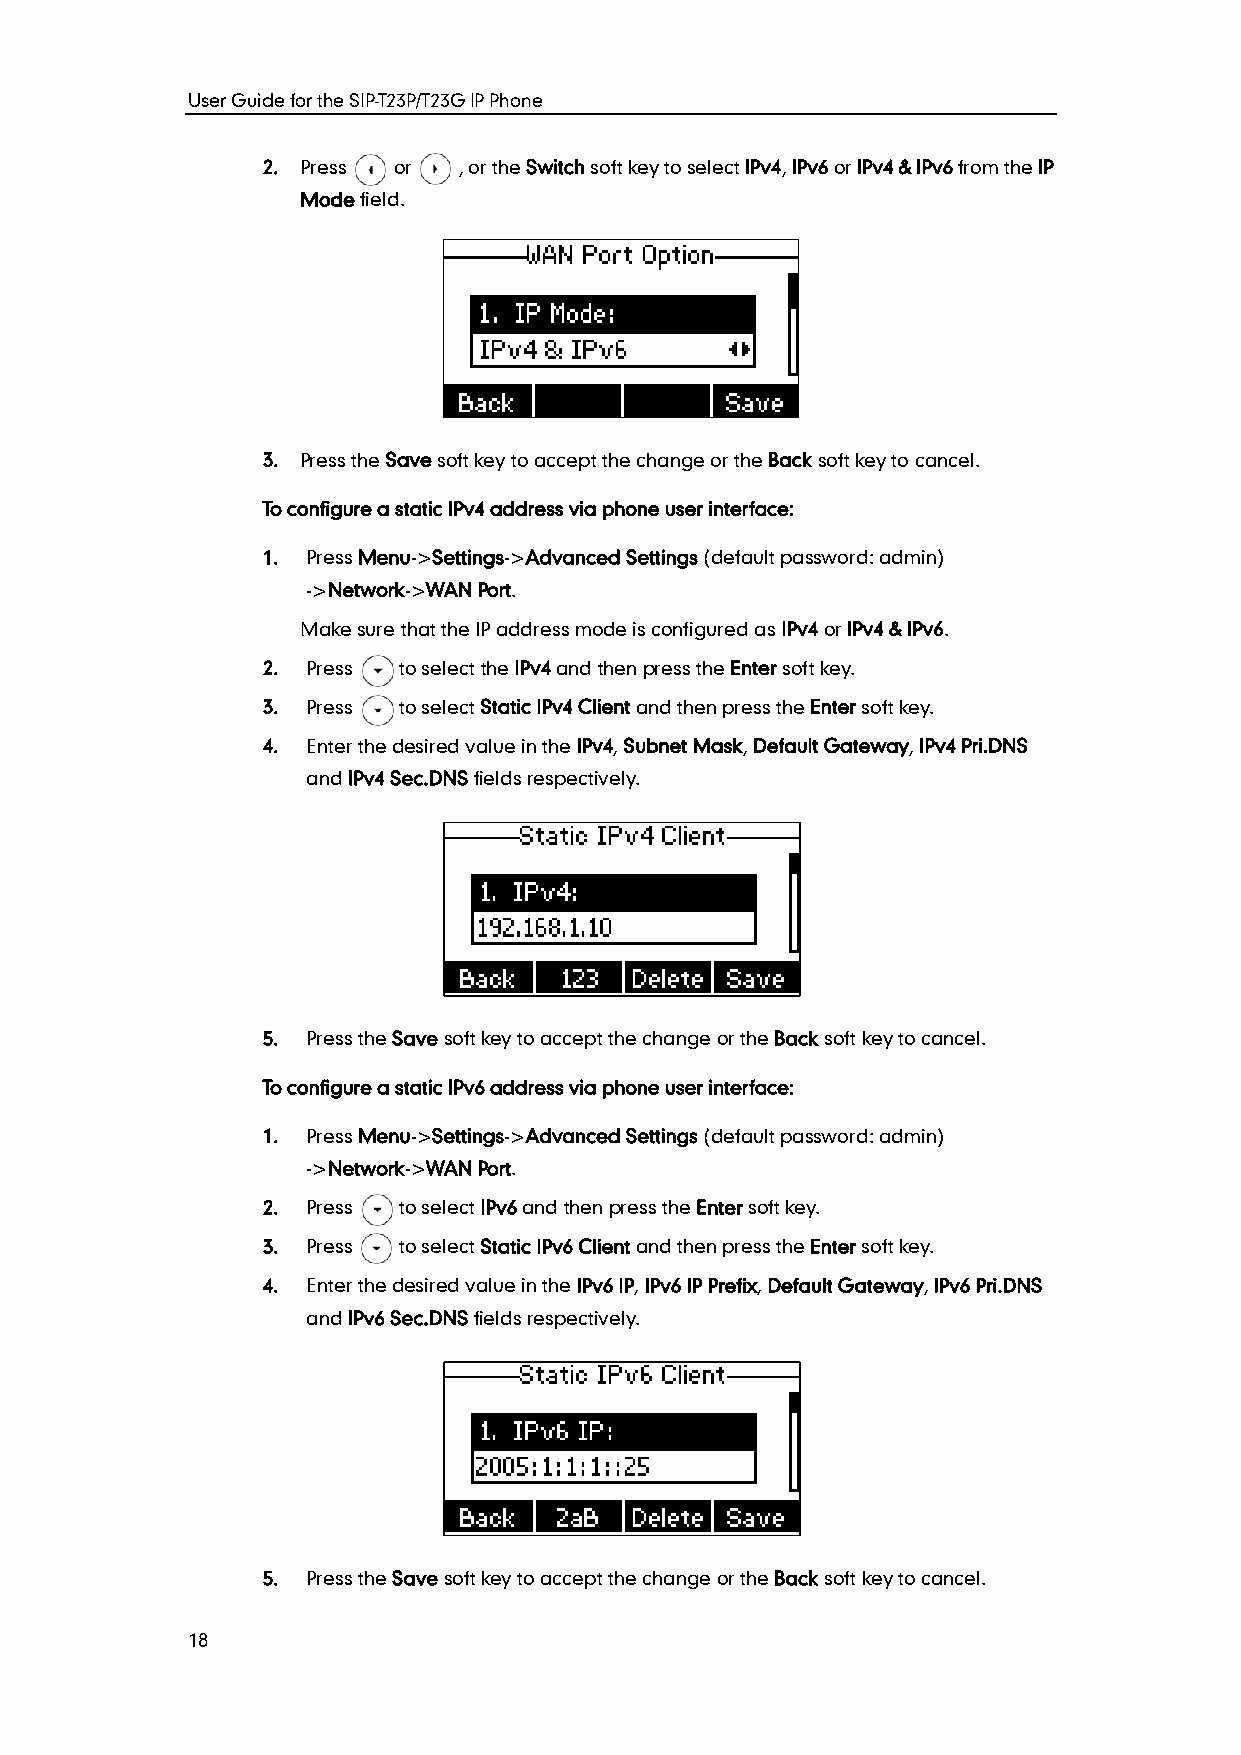
User Guide for the SIP-T23P/T23G IP Phone
 2. Press or  , or the Switch soft key to select IPv4, IPv6 or IPv4 & IPv6 from the IP
 Mode field.
 3. Press the Save soft key to accept the change or the Back soft key to cancel.
 To configure a static IPv4 address via phone user interface:
 1. Press Menu->Settings->Advanced Settings (default password: admin)
 ->Network->WAN Port.
 Make sure that the IP address mode is configured as IPv4 or IPv4 & IPv6.
 2. Press to select the IPv4 and then press the Enter soft key.
 3. Press to select Static IPv4 Client and then press the Enter soft key.
 4. Enter the desired value in the IPv4, Subnet Mask, Default Gateway, IPv4 Pri.DNS
 and IPv4 Sec.DNS fields respectively.
 5. Press the Save soft key to accept the change or the Back soft key to cancel.
 To configure a static IPv6 address via phone user interface:
 1. Press Menu->Settings->Advanced Settings (default password: admin)
 ->Network->WAN Port.
 2. Press to select IPv6 and then press the Enter soft key.
 3. Press to select Static IPv6 Client and then press the Enter soft key.
 4. Enter the desired value in the IPv6 IP, IPv6 IP Prefix, Default Gateway, IPv6 Pri.DNS
 and IPv6 Sec.DNS fields respectively.
 5. Press the Save soft key to accept the change or the Back soft key to cancel.
 18